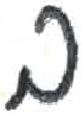
אות: ב